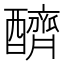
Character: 𨣧